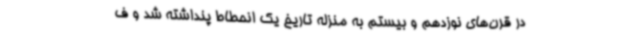
در قرن‌های نوزدهم و بیستم به منزله تاریخ یک انحطاط پنداشته شد و ف